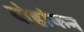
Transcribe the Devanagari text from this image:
दोहांकन